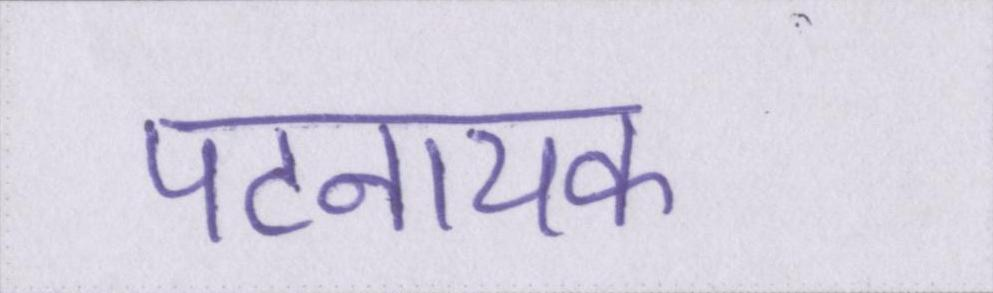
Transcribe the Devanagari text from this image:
पटनायक